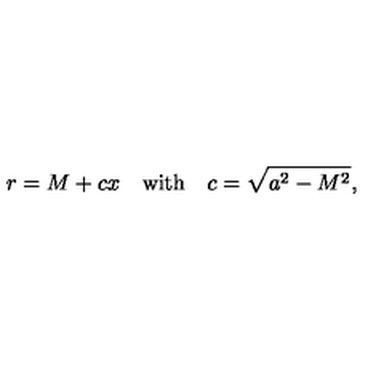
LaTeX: r = M + c x \quad \mathrm { w i t h } \quad c = \sqrt { a ^ { 2 } - M ^ { 2 } } ,